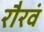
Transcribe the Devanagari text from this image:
रौरवं